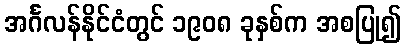
အင်္ဂလန်နိုင်ငံတွင် ၁၉၀၈ ခုနှစ်က အစပြု၍